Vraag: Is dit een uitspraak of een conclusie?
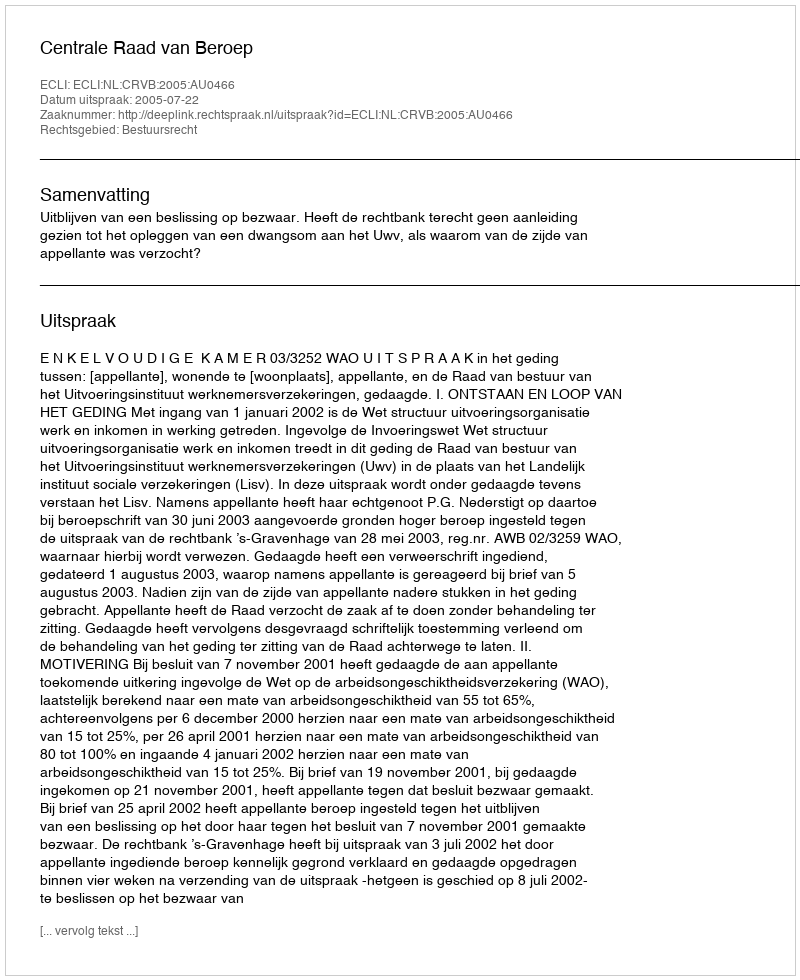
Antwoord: Uitspraak